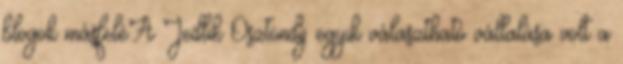
blogok másfeléA Jedlik Ösztöndíj egyik választható vállalása volt a